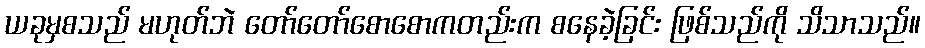
ယခုမှစသည် မဟုတ်ဘဲ တော်တော်စောစောကတည်းက စနေခဲ့ခြင်း ဖြစ်သည်ကို သိသာသည်။